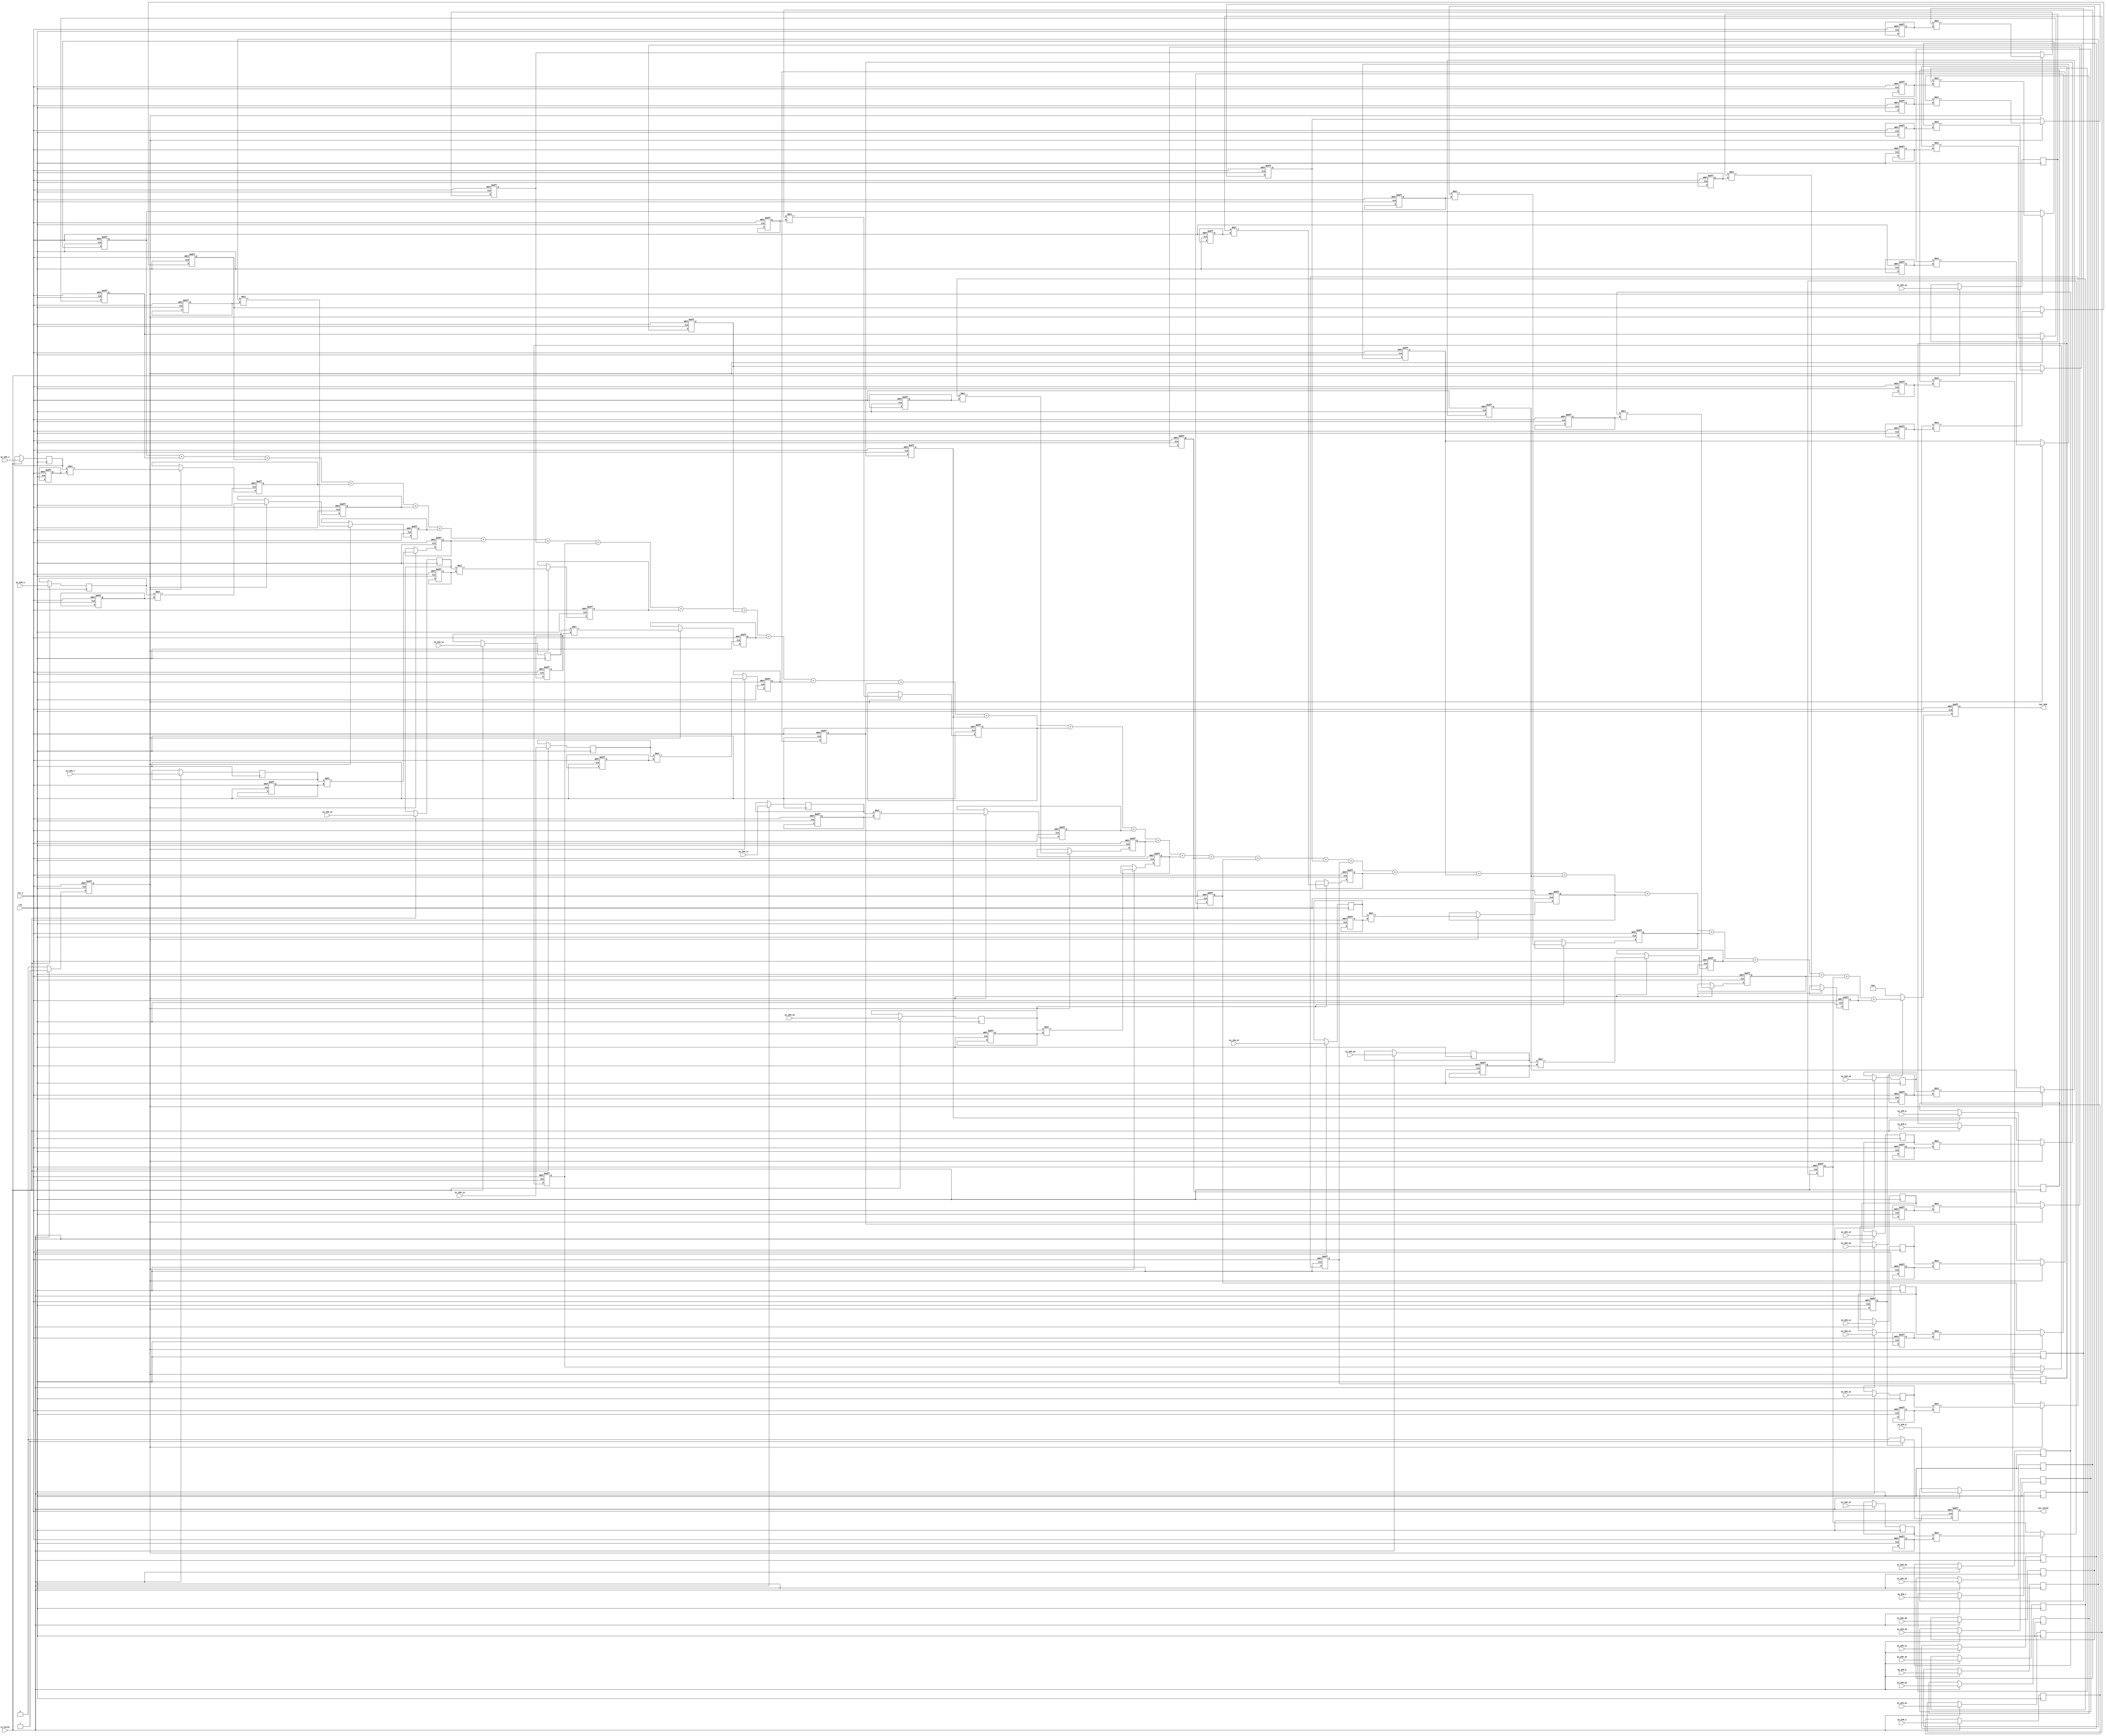
module Convolution(
    //input
    clk,
    rst_n,
    in_valid,
    //weight_valid,
    In_IFM_1,
    In_IFM_2,
    In_IFM_3,
    In_IFM_4,
    In_IFM_5,
    In_IFM_6,
    In_IFM_7,
    In_IFM_8,
    In_IFM_9,
    In_IFM_10,
    In_IFM_11,
    In_IFM_12,
    In_IFM_13,
    In_IFM_14,
    In_IFM_15,
    In_IFM_16,
    In_IFM_17,
    In_IFM_18,
    In_IFM_19,
    In_IFM_20,
    In_IFM_21,
    In_IFM_22,
    In_IFM_23,
    In_IFM_24,
    In_IFM_25,
    In_IFM_26,
    In_IFM_27,
    In_IFM_28,
    In_IFM_29,
    In_IFM_30,
    In_IFM_31,
    In_IFM_32,
    //output
    out_valid, 
    Out_OFM
);

input clk, rst_n, in_valid;
input [3:0]In_IFM_1;
input [3:0]In_IFM_2;
input [3:0]In_IFM_3;
input [3:0]In_IFM_4;
input [3:0]In_IFM_5;
input [3:0]In_IFM_6;
input [3:0]In_IFM_7;
input [3:0]In_IFM_8;
input [3:0]In_IFM_9;
input [3:0]In_IFM_10;
input [3:0]In_IFM_11;
input [3:0]In_IFM_12;
input [3:0]In_IFM_13;
input [3:0]In_IFM_14;
input [3:0]In_IFM_15;
input [3:0]In_IFM_16;
input [3:0]In_IFM_17;
input [3:0]In_IFM_18;
input [3:0]In_IFM_19;
input [3:0]In_IFM_20;
input [3:0]In_IFM_21;
input [3:0]In_IFM_22;
input [3:0]In_IFM_23;
input [3:0]In_IFM_24;
input [3:0]In_IFM_25;
input [3:0]In_IFM_26;
input [3:0]In_IFM_27;
input [3:0]In_IFM_28;
input [3:0]In_IFM_29;
input [3:0]In_IFM_30;
input [3:0]In_IFM_31;
input [3:0]In_IFM_32;

reg [7:0]MUL_Buffer[0:31];
//reg [7:0]MUL_Buffer[0:3][0:7];
//reg [8:0]Adder_Buffer[0:3][0:4];

//reg [7:0]MUL_Buffer[0:1][0:3][0:3];




output reg out_valid;
output reg [12:0] Out_OFM;

reg [3:0]IFM_Buffer[0:31]; 
reg [3:0]Weight_Buffer[0:31]; 

//reg [3:0] IFM[0:3][0:7];
//reg [3:0] Weight[0:3][0:7];

//reg [3:0] IFM[0:1][0:3][0:3];
//reg [3:0] Weight[0:1][0:3][0:3];


// reg [7:0] count_out;
reg current_state;
reg current_state_2;
//reg current_state_3;
wire next_state;

integer i,j,k;

// state condition
assign next_state = (in_valid) ? 1:0;

always@(posedge clk or negedge rst_n) begin
	if(!rst_n)
		current_state <= 0;
	else
		current_state <= next_state;
end

always@(posedge clk or negedge rst_n) begin
	if(!rst_n)
		current_state_2 <= 0;
	else
		current_state_2 <= current_state;
end

//always@(posedge clk or negedge rst_n) begin
//	if(!rst_n)
//		current_state_3 <= 0;
//	else
//		current_state_3 <= current_state_2;
//end

// always@(posedge clk or negedge rst_n) begin
//     if(!rst_n) begin
//         for(i=0; i<4; i=i+1) begin
//           for(j=0; j<8; j=j+1) begin
//             Weight[i][j] <= 0;
//           end
//         end
//     end

//     else if(weight_valid) begin
//         Weight[0][0] <= In_Weight_1;
//         Weight[0][1] <= In_Weight_2;
//         Weight[0][2] <= In_Weight_3;
//         Weight[0][3] <= In_Weight_4;
//         Weight[0][4] <= In_Weight_5;
//         Weight[0][5] <= In_Weight_6;
//         Weight[0][6] <= In_Weight_7;
//         Weight[0][7] <= In_Weight_8;
//         Weight[1][0] <= In_Weight_9;
//         Weight[1][1] <= In_Weight_10;
//         Weight[1][2] <= In_Weight_11;
//         Weight[1][3] <= In_Weight_12;
//         Weight[1][4] <= In_Weight_13;
//         Weight[1][5] <= In_Weight_14;
//         Weight[1][6] <= In_Weight_15;
//         Weight[1][7] <= In_Weight_16;
//         Weight[2][0] <= In_Weight_17;
//         Weight[2][1] <= In_Weight_18;
//         Weight[2][2] <= In_Weight_19;
//         Weight[2][3] <= In_Weight_20;
//         Weight[2][4] <= In_Weight_21;
//         Weight[2][5] <= In_Weight_22;
//         Weight[2][6] <= In_Weight_23;
//         Weight[2][7] <= In_Weight_24;
//         Weight[3][0] <= In_Weight_25;
//         Weight[3][1] <= In_Weight_26;
//         Weight[3][2] <= In_Weight_27;
//         Weight[3][3] <= In_Weight_28;
//         Weight[3][4] <= In_Weight_29;
//         Weight[3][5] <= In_Weight_30;
//         Weight[3][6] <= In_Weight_31;
//         Weight[3][7] <= In_Weight_32;
//     end
// end

always@(posedge clk ) begin
	if(in_valid) begin
		IFM_Buffer[0]  <= In_IFM_1;
		IFM_Buffer[1]  <= In_IFM_2;
		IFM_Buffer[2]  <= In_IFM_3;
		IFM_Buffer[3]  <= In_IFM_4;
		IFM_Buffer[4]  <= In_IFM_5;
		IFM_Buffer[5]  <= In_IFM_6;
		IFM_Buffer[6]  <= In_IFM_7;
		IFM_Buffer[7]  <= In_IFM_8;
		IFM_Buffer[8]  <= In_IFM_9;
		IFM_Buffer[9]  <= In_IFM_10;
		IFM_Buffer[10]  <= In_IFM_11;
		IFM_Buffer[11]  <= In_IFM_12;
		IFM_Buffer[12]  <= In_IFM_13;
		IFM_Buffer[13]  <= In_IFM_14;
		IFM_Buffer[14]  <= In_IFM_15;
		IFM_Buffer[15]  <= In_IFM_16;
		IFM_Buffer[16]  <= In_IFM_17;
		IFM_Buffer[17]  <= In_IFM_18;
		IFM_Buffer[18]  <= In_IFM_19;
		IFM_Buffer[19]  <= In_IFM_20;
		IFM_Buffer[20]  <= In_IFM_21;
		IFM_Buffer[21]  <= In_IFM_22;
		IFM_Buffer[22]  <= In_IFM_23;
		IFM_Buffer[23]  <= In_IFM_24;
		IFM_Buffer[24]  <= In_IFM_25;
		IFM_Buffer[25]  <= In_IFM_26;
		IFM_Buffer[26]  <= In_IFM_27;
		IFM_Buffer[27]  <= In_IFM_28;
		IFM_Buffer[28]  <= In_IFM_29;
		IFM_Buffer[29]  <= In_IFM_30;
		IFM_Buffer[30]  <= In_IFM_31;
		IFM_Buffer[31]  <= In_IFM_32;
	end
end

always@(posedge clk or negedge rst_n) begin
	if(!rst_n) begin
		Weight_Buffer[0]  <= 4'd6;
		Weight_Buffer[1]  <= 4'd14;
		Weight_Buffer[2]  <= 4'd13;
		Weight_Buffer[3]  <= 4'd10;
		Weight_Buffer[4]  <= 4'd10;
		Weight_Buffer[5]  <= 4'd14;
		Weight_Buffer[6]  <= 4'd3;
		Weight_Buffer[7]  <= 4'd4;
		Weight_Buffer[8]  <= 4'd0;
		Weight_Buffer[9]  <= 4'd6;
		Weight_Buffer[10]  <= 4'd7;
		Weight_Buffer[11]  <= 4'd9;
		Weight_Buffer[12]  <= 4'd11;
		Weight_Buffer[13]  <= 4'd12;
		Weight_Buffer[14]  <= 4'd6;
		Weight_Buffer[15]  <= 4'd3;
		Weight_Buffer[16]  <= 4'd2;
		Weight_Buffer[17]  <= 4'd1;
		Weight_Buffer[18]  <= 4'd5;
		Weight_Buffer[19]  <= 4'd8;
		Weight_Buffer[20]  <= 4'd7;
		Weight_Buffer[21]  <= 4'd13;
		Weight_Buffer[22]  <= 4'd1;
		Weight_Buffer[23]  <= 4'd8;
		Weight_Buffer[24]  <= 4'd7;
		Weight_Buffer[25]  <= 4'd12;
		Weight_Buffer[26]  <= 4'd13;
		Weight_Buffer[27]  <= 4'd10;
		Weight_Buffer[28]  <= 4'd10;
		Weight_Buffer[29]  <= 4'd9;
		Weight_Buffer[30]  <= 4'd7;
		Weight_Buffer[31]  <= 4'd7;
	end
end



//always@(posedge clk or negedge rst_n) begin
//	if(!rst_n) begin
//		Weight[0][0]  <= 4'd6;
//		Weight[0][1]  <= 4'd14;
//		Weight[0][2]  <= 4'd13;
//		Weight[0][3]  <= 4'd10;
//		Weight[0][4]  <= 4'd10;
//		Weight[0][5]  <= 4'd14;
//		Weight[0][6]  <= 4'd3;
//		Weight[0][7]  <= 4'd4;
//		Weight[1][0]  <= 4'd0;
//		Weight[1][1]  <= 4'd6;
//		Weight[1][2]  <= 4'd7;
//		Weight[1][3]  <= 4'd9;
//		Weight[1][4]  <= 4'd11;
//		Weight[1][5]  <= 4'd12;
//		Weight[1][6]  <= 4'd6;
//		Weight[1][7]  <= 4'd3;
//		Weight[2][0]  <= 4'd2;
//		Weight[2][1]  <= 4'd1;
//		Weight[2][2]  <= 4'd5;
//		Weight[2][3]  <= 4'd8;
//		Weight[2][4]  <= 4'd7;
//		Weight[2][5]  <= 4'd13;
//		Weight[2][6]  <= 4'd1;
//		Weight[2][7]  <= 4'd8;
//		Weight[3][0]  <= 4'd7;
//		Weight[3][1]  <= 4'd12;
//		Weight[3][2]  <= 4'd13;
//		Weight[3][3]  <= 4'd10;
//		Weight[3][4]  <= 4'd10;
//		Weight[3][5]  <= 4'd9;
//		Weight[3][6]  <= 4'd7;
//		Weight[3][7]  <= 4'd7;
//	end
//end


//always@(posedge clk or negedge rst_n) begin
//	if(!rst_n) begin
//		Weight[0][0][0]  <= 4'd6;
//		Weight[0][0][1]  <= 4'd14;
//		Weight[0][0][2]  <= 4'd13;
//		Weight[0][0][3]  <= 4'd10;
//		Weight[0][1][0]  <= 4'd10;
//		Weight[0][1][1]  <= 4'd14;
//		Weight[0][1][2]  <= 4'd3;
//		Weight[0][1][3]  <= 4'd4;
//		Weight[0][2][0]  <= 4'd0;
//		Weight[0][2][1]  <= 4'd6;
//		Weight[0][2][2]  <= 4'd7;
//		Weight[0][2][3]  <= 4'd9;
//		Weight[0][3][0]  <= 4'd11;
//		Weight[0][3][1]  <= 4'd12;
//		Weight[0][3][2]  <= 4'd6;
//		Weight[0][3][3]  <= 4'd3;
//		Weight[1][0][0]  <= 4'd2;
//		Weight[1][0][1]  <= 4'd1;
//		Weight[1][0][2]  <= 4'd5;
//		Weight[1][0][3]  <= 4'd8;
//		Weight[1][1][0]  <= 4'd7;
//		Weight[1][1][1]  <= 4'd13;
//		Weight[1][1][2]  <= 4'd1;
//		Weight[1][1][3]  <= 4'd8;
//		Weight[1][2][0]  <= 4'd7;
//		Weight[1][2][1]  <= 4'd12;
//		Weight[1][2][2]  <= 4'd13;
//		Weight[1][2][3]  <= 4'd10;
//		Weight[1][3][0]  <= 4'd10;
//		Weight[1][3][1]  <= 4'd9;
//		Weight[1][3][2]  <= 4'd7;
//		Weight[1][3][3]  <= 4'd7;
//	end
//end

//always@(posedge clk or negedge rst_n) begin
//    if(!rst_n) begin
//        for(i=0; i<4; i=i+1) begin
//          for(j=0; j<8; j=j+1) begin
//            IFM[i][j] <= 0;
//          end
//        end
//    end
//
//    else if(in_valid) begin
//        IFM[0][0] <= In_IFM_1;
//        IFM[0][1] <= In_IFM_2;
//        IFM[0][2] <= In_IFM_3;
//        IFM[0][3] <= In_IFM_4;
//        IFM[0][4] <= In_IFM_5;
//        IFM[0][5] <= In_IFM_6;
//        IFM[0][6] <= In_IFM_7;
//        IFM[0][7] <= In_IFM_8;
//        IFM[1][0] <= In_IFM_9;
//        IFM[1][1] <= In_IFM_10;
//        IFM[1][2] <= In_IFM_11;
//        IFM[1][3] <= In_IFM_12;
//        IFM[1][4] <= In_IFM_13;
//        IFM[1][5] <= In_IFM_14;
//        IFM[1][6] <= In_IFM_15;
//        IFM[1][7] <= In_IFM_16;
//        IFM[2][0] <= In_IFM_17;
//        IFM[2][1] <= In_IFM_18;
//        IFM[2][2] <= In_IFM_19;
//        IFM[2][3] <= In_IFM_20;
//        IFM[2][4] <= In_IFM_21;
//        IFM[2][5] <= In_IFM_22;
//        IFM[2][6] <= In_IFM_23;
//        IFM[2][7] <= In_IFM_24;
//        IFM[3][0] <= In_IFM_25;
//        IFM[3][1] <= In_IFM_26;
//        IFM[3][2] <= In_IFM_27;
//        IFM[3][3] <= In_IFM_28;
//        IFM[3][4] <= In_IFM_29;
//        IFM[3][5] <= In_IFM_30;
//        IFM[3][6] <= In_IFM_31;
//        IFM[3][7] <= In_IFM_32;
//    end
//end

//always@(posedge clk or negedge rst_n) begin
//    if(!rst_n) begin
//    for(i=0;i<2;i=i+1) begin
//      for(j=0;j<4;j=j+1) begin
//        for(k=0; k<4; k=k+1) begin
//          IFM[i][j][k] <=0;
//        end
//      end
//    end
//    end
//
//    else if(in_valid) begin
//        IFM[0][0][0] <= In_IFM_1;
//        IFM[0][0][1] <= In_IFM_2;
//        IFM[0][0][2] <= In_IFM_3;
//        IFM[0][0][3] <= In_IFM_4;
//        IFM[0][1][0] <= In_IFM_5;
//        IFM[0][1][1] <= In_IFM_6;
//        IFM[0][1][2] <= In_IFM_7;
//        IFM[0][1][3] <= In_IFM_8;
//        IFM[0][2][0] <= In_IFM_9;
//        IFM[0][2][1] <= In_IFM_10;
//        IFM[0][2][2] <= In_IFM_11;
//        IFM[0][2][3] <= In_IFM_12;
//        IFM[0][3][0] <= In_IFM_13;
//        IFM[0][3][1] <= In_IFM_14;
//        IFM[0][3][2] <= In_IFM_15;
//        IFM[0][3][3] <= In_IFM_16;
//        IFM[1][0][0] <= In_IFM_17;
//        IFM[1][0][1] <= In_IFM_18;
//        IFM[1][0][2] <= In_IFM_19;
//        IFM[1][0][3] <= In_IFM_20;
//        IFM[1][1][0] <= In_IFM_21;
//        IFM[1][1][1] <= In_IFM_22;
//        IFM[1][1][2] <= In_IFM_23;
//        IFM[1][1][3] <= In_IFM_24;
//        IFM[1][2][0] <= In_IFM_25;
//        IFM[1][2][1] <= In_IFM_26;
//        IFM[1][2][2] <= In_IFM_27;
//        IFM[1][2][3] <= In_IFM_28;
//        IFM[1][3][0] <= In_IFM_29;
//        IFM[1][3][1] <= In_IFM_30;
//        IFM[1][3][2] <= In_IFM_31;
//        IFM[1][3][3] <= In_IFM_32;
//    end
//end




always@(posedge clk or negedge rst_n) begin
    if(!rst_n)
        out_valid <= 0;
    else if(current_state_2)
        out_valid <= 1;
    else
        out_valid <= 0;
end

always @(posedge clk or negedge rst_n) begin
	if (!rst_n) begin
		for(i=0;i<32;i=i+1) begin
			MUL_Buffer[i] <= 0;
		end
	end
	else if(current_state) begin
		MUL_Buffer[0] <= IFM_Buffer[0]*Weight_Buffer[0];
		MUL_Buffer[1] <= IFM_Buffer[1]*Weight_Buffer[1];
		MUL_Buffer[2] <= IFM_Buffer[2]*Weight_Buffer[2];
		MUL_Buffer[3] <= IFM_Buffer[3]*Weight_Buffer[3];
		MUL_Buffer[4] <= IFM_Buffer[4]*Weight_Buffer[4];
		MUL_Buffer[5] <= IFM_Buffer[5]*Weight_Buffer[5];
		MUL_Buffer[6] <= IFM_Buffer[6]*Weight_Buffer[6];
		MUL_Buffer[7] <= IFM_Buffer[7]*Weight_Buffer[7];
		MUL_Buffer[8] <= IFM_Buffer[8]*Weight_Buffer[8];
		MUL_Buffer[9] <= IFM_Buffer[9]*Weight_Buffer[9];
		MUL_Buffer[10] <= IFM_Buffer[10]*Weight_Buffer[10];
		MUL_Buffer[11] <= IFM_Buffer[11]*Weight_Buffer[11];
		MUL_Buffer[12] <= IFM_Buffer[12]*Weight_Buffer[12];
		MUL_Buffer[13] <= IFM_Buffer[13]*Weight_Buffer[13];
		MUL_Buffer[14] <= IFM_Buffer[14]*Weight_Buffer[14];
		MUL_Buffer[15] <= IFM_Buffer[15]*Weight_Buffer[15];
		MUL_Buffer[16] <= IFM_Buffer[16]*Weight_Buffer[16];
		MUL_Buffer[17] <= IFM_Buffer[17]*Weight_Buffer[17];
		MUL_Buffer[18] <= IFM_Buffer[18]*Weight_Buffer[18];
		MUL_Buffer[19] <= IFM_Buffer[19]*Weight_Buffer[19];
		MUL_Buffer[20] <= IFM_Buffer[20]*Weight_Buffer[20];
		MUL_Buffer[21] <= IFM_Buffer[21]*Weight_Buffer[21];
		MUL_Buffer[22] <= IFM_Buffer[22]*Weight_Buffer[22];
		MUL_Buffer[23] <= IFM_Buffer[23]*Weight_Buffer[23];
		MUL_Buffer[24] <= IFM_Buffer[24]*Weight_Buffer[24];
		MUL_Buffer[25] <= IFM_Buffer[25]*Weight_Buffer[25];
		MUL_Buffer[26] <= IFM_Buffer[26]*Weight_Buffer[26];
		MUL_Buffer[27] <= IFM_Buffer[27]*Weight_Buffer[27];
		MUL_Buffer[28] <= IFM_Buffer[28]*Weight_Buffer[28];
		MUL_Buffer[29] <= IFM_Buffer[29]*Weight_Buffer[29];
		MUL_Buffer[30] <= IFM_Buffer[30]*Weight_Buffer[30];
		MUL_Buffer[31] <= IFM_Buffer[31]*Weight_Buffer[31];
	end
end

//always @(posedge clk or negedge rst_n) begin
//  if (!rst_n) begin
//    for(i=0;i<4;i=i+1) begin
//      for(j=0;j<8;j=j+1) begin
//        MUL_Buffer[i][j] <=0;
//      end
//    end
//  end
//  else if(current_state) begin
//        MUL_Buffer[0][0] <= IFM[0][0]*Weight[0][0];
//        MUL_Buffer[0][1] <= IFM[0][1]*Weight[0][1];
//        MUL_Buffer[0][2] <= IFM[0][2]*Weight[0][2];
//        MUL_Buffer[0][3] <= IFM[0][3]*Weight[0][3];
//        MUL_Buffer[0][4] <= IFM[0][4]*Weight[0][4];
//        MUL_Buffer[0][5] <= IFM[0][5]*Weight[0][5];
//        MUL_Buffer[0][6] <= IFM[0][6]*Weight[0][6];
//        MUL_Buffer[0][7] <= IFM[0][7]*Weight[0][7];
//        MUL_Buffer[1][0] <= IFM[1][0]*Weight[1][0];
//        MUL_Buffer[1][1] <= IFM[1][1]*Weight[1][1];
//        MUL_Buffer[1][2] <= IFM[1][2]*Weight[1][2];
//        MUL_Buffer[1][3] <= IFM[1][3]*Weight[1][3];
//        MUL_Buffer[1][4] <= IFM[1][4]*Weight[1][4];
//        MUL_Buffer[1][5] <= IFM[1][5]*Weight[1][5];
//        MUL_Buffer[1][6] <= IFM[1][6]*Weight[1][6];
//        MUL_Buffer[1][7] <= IFM[1][7]*Weight[1][7];
//        MUL_Buffer[2][0] <= IFM[2][0]*Weight[2][0];
//        MUL_Buffer[2][1] <= IFM[2][1]*Weight[2][1];
//        MUL_Buffer[2][2] <= IFM[2][2]*Weight[2][2];
//        MUL_Buffer[2][3] <= IFM[2][3]*Weight[2][3];
//        MUL_Buffer[2][4] <= IFM[2][4]*Weight[2][4];
//        MUL_Buffer[2][5] <= IFM[2][5]*Weight[2][5];
//        MUL_Buffer[2][6] <= IFM[2][6]*Weight[2][6];
//        MUL_Buffer[2][7] <= IFM[2][7]*Weight[2][7];
//        MUL_Buffer[3][0] <= IFM[3][0]*Weight[3][0];
//        MUL_Buffer[3][1] <= IFM[3][1]*Weight[3][1];
//        MUL_Buffer[3][2] <= IFM[3][2]*Weight[3][2];
//        MUL_Buffer[3][3] <= IFM[3][3]*Weight[3][3];
//        MUL_Buffer[3][4] <= IFM[3][4]*Weight[3][4];
//        MUL_Buffer[3][5] <= IFM[3][5]*Weight[3][5];
//        MUL_Buffer[3][6] <= IFM[3][6]*Weight[3][6];
//        MUL_Buffer[3][7] <= IFM[3][7]*Weight[3][7];
//        
//  end
//end

//always @(posedge clk or negedge rst_n) begin
//  if (!rst_n) begin
//    for(i=0;i<2;i=i+1) begin
//      for(j=0;j<4;j=j+1) begin
//        for(k=0; k<4; k=k+1) begin
//          MUL_Buffer[i][j][k] <=0;
//        end
//      end
//    end
//  end
//  else if(current_state) begin
//        MUL_Buffer[0][0][0] <= IFM[0][0][0]*Weight[0][0][0];
//        MUL_Buffer[0][0][1] <= IFM[0][0][1]*Weight[0][0][1];
//        MUL_Buffer[0][0][2] <= IFM[0][0][2]*Weight[0][0][2];
//        MUL_Buffer[0][0][3] <= IFM[0][0][3]*Weight[0][0][3];
//        MUL_Buffer[0][1][0] <= IFM[0][1][0]*Weight[0][1][0];
//        MUL_Buffer[0][1][1] <= IFM[0][1][1]*Weight[0][1][1];
//        MUL_Buffer[0][1][2] <= IFM[0][1][2]*Weight[0][1][2];
//        MUL_Buffer[0][1][3] <= IFM[0][1][3]*Weight[0][1][3];
//        MUL_Buffer[0][2][0] <= IFM[0][2][0]*Weight[0][2][0];
//        MUL_Buffer[0][2][1] <= IFM[0][2][1]*Weight[0][2][1];
//        MUL_Buffer[0][2][2] <= IFM[0][2][2]*Weight[0][2][2];
//        MUL_Buffer[0][2][3] <= IFM[0][2][3]*Weight[0][2][3];
//        MUL_Buffer[0][3][0] <= IFM[0][3][0]*Weight[0][3][0];
//        MUL_Buffer[0][3][1] <= IFM[0][3][1]*Weight[0][3][1];
//        MUL_Buffer[0][3][2] <= IFM[0][3][2]*Weight[0][3][2];
//        MUL_Buffer[0][3][3] <= IFM[0][3][3]*Weight[0][3][3];
//        MUL_Buffer[1][0][0] <= IFM[1][0][0]*Weight[1][0][0];
//        MUL_Buffer[1][0][1] <= IFM[1][0][1]*Weight[1][0][1];
//        MUL_Buffer[1][0][2] <= IFM[1][0][2]*Weight[1][0][2];
//        MUL_Buffer[1][0][3] <= IFM[1][0][3]*Weight[1][0][3];
//        MUL_Buffer[1][1][0] <= IFM[1][1][0]*Weight[1][1][0];
//        MUL_Buffer[1][1][1] <= IFM[1][1][1]*Weight[1][1][1];
//        MUL_Buffer[1][1][2] <= IFM[1][1][2]*Weight[1][1][2];
//        MUL_Buffer[1][1][3] <= IFM[1][1][3]*Weight[1][1][3];
//        MUL_Buffer[1][2][0] <= IFM[1][2][0]*Weight[1][2][0];
//        MUL_Buffer[1][2][1] <= IFM[1][2][1]*Weight[1][2][1];
//        MUL_Buffer[1][2][2] <= IFM[1][2][2]*Weight[1][2][2];
//        MUL_Buffer[1][2][3] <= IFM[1][2][3]*Weight[1][2][3];
//        MUL_Buffer[1][3][0] <= IFM[1][3][0]*Weight[1][3][0];
//        MUL_Buffer[1][3][1] <= IFM[1][3][1]*Weight[1][3][1];
//        MUL_Buffer[1][3][2] <= IFM[1][3][2]*Weight[1][3][2];
//        MUL_Buffer[1][3][3] <= IFM[1][3][3]*Weight[1][3][2];
//        
//  end
//end






//always @(posedge clk or negedge rst_n) begin
//  if (!rst_n) begin
//    for(i=0;i<4;i=i+1) begin
//      for(j=0;j<4;j=j+1) begin
//        Adder_Buffer[i][j] <= 0;
//      end
//    end
//  end
//  else if(current_state_2) begin
//      Adder_Buffer[0][0] <= MUL_Buffer[0][0] + MUL_Buffer[0][1];
//      Adder_Buffer[0][1] <= MUL_Buffer[0][2] + MUL_Buffer[0][3];
//      Adder_Buffer[0][2] <= MUL_Buffer[0][4] + MUL_Buffer[0][5];
//      Adder_Buffer[0][3] <= MUL_Buffer[0][6] + MUL_Buffer[0][7];
//      Adder_Buffer[1][0] <= MUL_Buffer[1][0] + MUL_Buffer[1][1];
//      Adder_Buffer[1][1] <= MUL_Buffer[1][2] + MUL_Buffer[1][3];
//      Adder_Buffer[1][2] <= MUL_Buffer[1][4] + MUL_Buffer[1][5];
//      Adder_Buffer[1][3] <= MUL_Buffer[1][6] + MUL_Buffer[1][7];
//      Adder_Buffer[2][0] <= MUL_Buffer[2][0] + MUL_Buffer[2][1];
//      Adder_Buffer[2][1] <= MUL_Buffer[2][2] + MUL_Buffer[2][3];
//      Adder_Buffer[2][2] <= MUL_Buffer[2][4] + MUL_Buffer[2][5];
//      Adder_Buffer[2][3] <= MUL_Buffer[2][6] + MUL_Buffer[2][7];
//      Adder_Buffer[3][0] <= MUL_Buffer[3][0] + MUL_Buffer[3][1];
//      Adder_Buffer[3][1] <= MUL_Buffer[3][2] + MUL_Buffer[3][3];
//      Adder_Buffer[3][2] <= MUL_Buffer[3][4] + MUL_Buffer[3][5];
//      Adder_Buffer[3][3] <= MUL_Buffer[3][6] + MUL_Buffer[3][7];
//  end
//end

always@(posedge clk or negedge rst_n) begin
	if(!rst_n)
	        Out_OFM <= 0;
	else if(current_state_2) begin
		Out_OFM <= MUL_Buffer[0] +
MUL_Buffer[1] +
MUL_Buffer[2] +
MUL_Buffer[3] +
MUL_Buffer[4] +
MUL_Buffer[5] +
MUL_Buffer[6] +
MUL_Buffer[7] +
MUL_Buffer[8] +
MUL_Buffer[9] +
MUL_Buffer[10] +
MUL_Buffer[11] +
MUL_Buffer[12] +
MUL_Buffer[13] +
MUL_Buffer[14] +
MUL_Buffer[15] +
MUL_Buffer[16] +
MUL_Buffer[17] +
MUL_Buffer[18] +
MUL_Buffer[19] +
MUL_Buffer[20] +
MUL_Buffer[21] +
MUL_Buffer[22] +
MUL_Buffer[23] +
MUL_Buffer[24] +
MUL_Buffer[25] +
MUL_Buffer[26] +
MUL_Buffer[27] +
MUL_Buffer[28] +
MUL_Buffer[29] +
MUL_Buffer[30] +
MUL_Buffer[31];
    end
    else
        Out_OFM <= 0;
end

endmodule







//always@(posedge clk or negedge rst_n) begin
//    if(!rst_n)
//        Out_OFM <= 0;
//    else if(current_state_2) begin
//        Out_OFM <= MUL_Buffer[0][0] + MUL_Buffer[0][1] + MUL_Buffer[0][2] + MUL_Buffer[0][3]
//        	 + MUL_Buffer[0][4] + MUL_Buffer[0][5] + MUL_Buffer[0][6] + MUL_Buffer[0][7]
//        	 + MUL_Buffer[1][0] + MUL_Buffer[1][1] + MUL_Buffer[1][2] + MUL_Buffer[1][3]
//        	 + MUL_Buffer[1][4] + MUL_Buffer[1][5] + MUL_Buffer[1][6] + MUL_Buffer[1][7]
//        	 + MUL_Buffer[2][0] + MUL_Buffer[2][1] + MUL_Buffer[2][2] + MUL_Buffer[2][3]
//        	 + MUL_Buffer[2][4] + MUL_Buffer[2][5] + MUL_Buffer[2][6] + MUL_Buffer[2][7]
//        	 + MUL_Buffer[3][0] + MUL_Buffer[3][1] + MUL_Buffer[3][2] + MUL_Buffer[3][3]
//        	 + MUL_Buffer[3][4] + MUL_Buffer[3][5] + MUL_Buffer[3][6] + MUL_Buffer[3][7];
//    end
//    else
//        Out_OFM <= 0;
//end

//endmodule

//always@(posedge clk or negedge rst_n) begin
//    if(!rst_n)
//        Out_OFM <= 0;
//    else if(current_state_2) begin
//        Out_OFM <= MUL_Buffer[0][0][0] + MUL_Buffer[0][2][0] + MUL_Buffer[1][0][0] + MUL_Buffer[1][2][0] 
//		  +MUL_Buffer[0][0][1] + MUL_Buffer[0][2][1] + MUL_Buffer[1][0][1] + MUL_Buffer[1][2][1] 
//		  +MUL_Buffer[0][0][2] + MUL_Buffer[0][2][2] + MUL_Buffer[1][0][2] + MUL_Buffer[1][2][2] 
//		  +MUL_Buffer[0][0][3] + MUL_Buffer[0][2][3] + MUL_Buffer[1][0][3] + MUL_Buffer[1][2][3] 		
//		  +MUL_Buffer[0][1][0] + MUL_Buffer[0][3][0] + MUL_Buffer[1][1][0] + MUL_Buffer[1][3][0] 
//		  +MUL_Buffer[0][1][1] + MUL_Buffer[0][3][1] + MUL_Buffer[1][1][1] + MUL_Buffer[1][3][1] 
//		  +MUL_Buffer[0][1][2] + MUL_Buffer[0][3][2] + MUL_Buffer[1][1][2] + MUL_Buffer[1][3][2] 
//		  +MUL_Buffer[0][1][3] + MUL_Buffer[0][3][3] + MUL_Buffer[1][1][3] + MUL_Buffer[1][3][3];
//	end
//    else
//        Out_OFM <= 0;
//end

//endmodule

//always@(posedge clk or negedge rst_n) begin
//    if(!rst_n)
//        Out_OFM <= 0;
//    else if(current_state) begin
//	Out_OFM <= IFM[0][0]*Weight[0][0] + IFM[0][1]*Weight[0][1] + IFM[0][2]*Weight[0][2] + IFM[0][3]*Weight[0][3]
//		  +IFM[0][4]*Weight[0][4] + IFM[0][5]*Weight[0][5] + IFM[0][6]*Weight[0][6] + IFM[0][7]*Weight[0][7]
//		  +IFM[1][0]*Weight[1][0] + IFM[1][1]*Weight[1][1] + IFM[1][2]*Weight[1][2] + IFM[1][3]*Weight[1][3]
//		  +IFM[1][4]*Weight[1][4] + IFM[1][5]*Weight[1][5] + IFM[1][6]*Weight[1][6] + IFM[1][7]*Weight[1][7]
//		  +IFM[2][0]*Weight[2][0] + IFM[2][1]*Weight[2][1] + IFM[2][2]*Weight[2][2] + IFM[2][3]*Weight[2][3]
//		  +IFM[2][4]*Weight[2][4] + IFM[2][5]*Weight[2][5] + IFM[2][6]*Weight[2][6] + IFM[2][7]*Weight[2][7]
//		  +IFM[3][0]*Weight[3][0] + IFM[3][1]*Weight[3][1] + IFM[3][2]*Weight[3][2] + IFM[3][3]*Weight[3][3]
//		  +IFM[3][4]*Weight[3][4] + IFM[3][5]*Weight[3][5] + IFM[3][6]*Weight[3][6] + IFM[3][7]*Weight[3][7];
//	end
//    else
//        Out_OFM <= 0;
//end

//endmodule